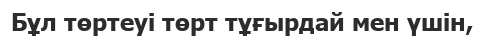
Бұл төртеуі төрт тұғырдай мен үшін,